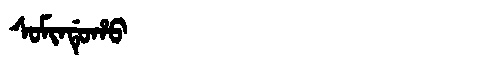
Manchu: ᠰᠣᠮᡳᠨᡩᡠᡥᠣ
Romanization: SOMINDUHO